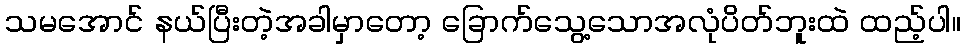
သမအောင် နယ်ပြီးတဲ့အခါမှာတော့ ခြောက်သွေ့သောအလုံပိတ်ဘူးထဲ ထည့်ပါ။